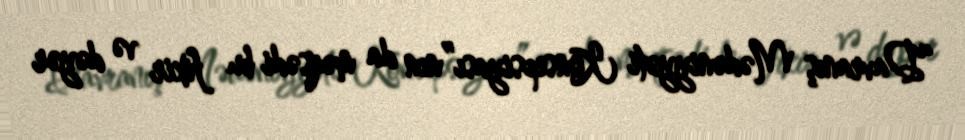
“Davranış Mədəniyyəti Konsepsiyası”nın da məqsədi bu fikir və dəyər